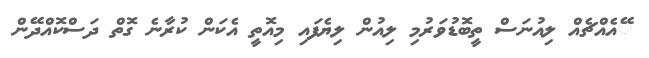
ޭއެއްޗެއް ލިއުނަސް ތީބޮޑުވަރުމި ލިއުން ލިޔެފައި މިއޮތީ އެކަން ކުރާނެ ގޮތް ދަސްކޮއްދޭން